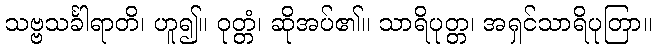
သဗ္ဗသင်္ခါရာတိ၊ ဟူ၍။ ဝုတ္တံ၊ ဆိုအပ်၏။ သာရိပုတ္တ၊ အရှင်သာရိပုတြာ။